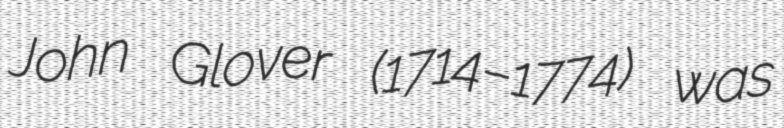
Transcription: John Glover (1714–1774) was